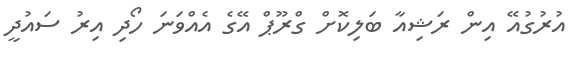
އުރުގުއޭ އިން ރަޝިއާ ބަލިކޮށް ގްރޫޕް އޭގެ އެއްވަނަ ހޯދި އިރު ސައުދީ